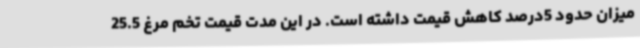
میزان حدود 5درصد کاهش قیمت داشته است. در این مدت قیمت تخم مرغ 25.5